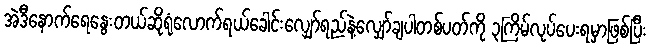
အဲဒီနောက်ရေနွေးတယ်ဆိုရုံလောက်ရယ်ခေါင်းလျှော်ရည်နဲ့လျှော်ချပါတစ်ပတ်ကို ၃ကြိမ်လုပ်ပေးရမှာဖြစ်ပြီး